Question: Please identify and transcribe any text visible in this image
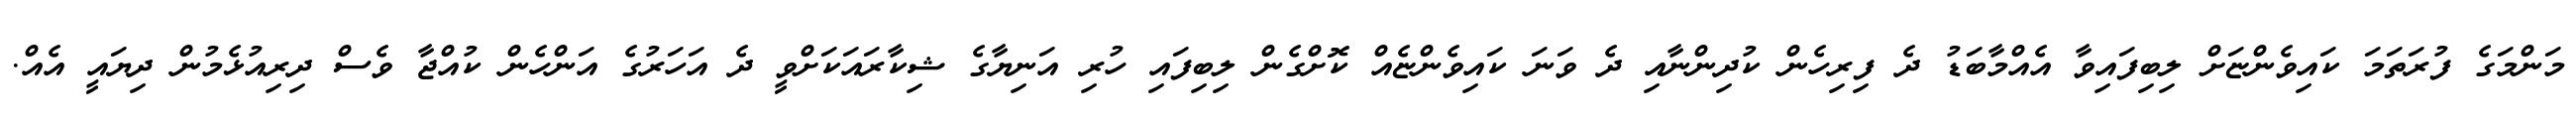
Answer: މަންމަގެ ފުރަތަމަ ކައިވެންޏަށް ލިބިފައިވާ އެއްމާބަޑު ދެ ފިރިހެން ކުދިންނާއި ދެ ވަނަ ކައިވެންޏެއް ކޮށްގެން ލިބިފައި ހުރި އަނިޔާގެ ޝިކާރައަކަށްވީ ދެ އަހަރުގެ އަންހެން ކުއްޖާ ވެސް ދިރިއުޅެމުން ދިޔައީ އެއް.